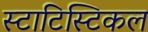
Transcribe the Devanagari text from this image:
स्टाटिस्टिकल